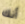
أنك